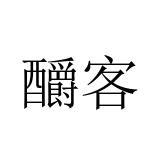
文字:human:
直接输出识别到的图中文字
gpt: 釂客